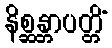
နိစ္ဆန္တာပတ္တိံ